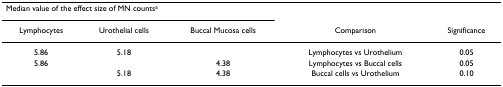
| <COLSPAN=3> Median value of the effect size of MN countsa |  |  |
 | Lymphocytes | Urothelial cells | Buccal Mucosa cells | Comparison | Significance |
 | --- | --- | --- | --- | --- |
 | 5.86 | 5.18 |  | Lymphocytes vs Urothelium | 0.05 |
 | 5.86 |  | 4.38 | Lymphocytes vs Buccal cells | 0.05 |
 |  | 5.18 | 4.38 | Buccal cells vs Urothelium | 0.10 |